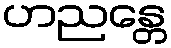
ဟညန္တေ